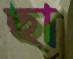
ছা